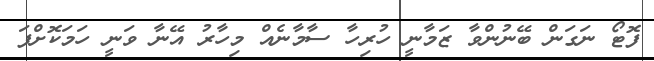
ފޮޓޯ ނަގަން ބޭނުންވާ ޒަމާނީ ހުރިހާ ސާމާނެއް މިހާރު އޭނާ ވަނީ ހަމަކޮށްފަ